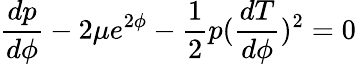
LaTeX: \frac{dp}{d\phi}-2\mu e^{2\phi}-\frac{1}{2}p(\frac{dT}{d\phi})^{2}=0